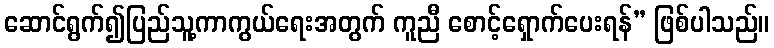
ဆောင်ရွက်၍ပြည်သူ့ကာကွယ်ရေးအတွက် ကူညီ စောင့်ရှောက်ပေးရန်” ဖြစ်ပါသည်။